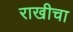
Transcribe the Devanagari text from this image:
राखीचा